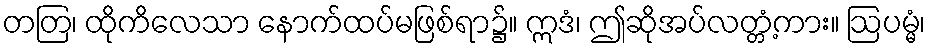
တတြ၊ ထိုကိလေသာ နောက်ထပ်မဖြစ်ရာ၌။ ဣဒံ၊ ဤဆိုအပ်လတ္တံ့ကား။ ဩပမ္မံ၊